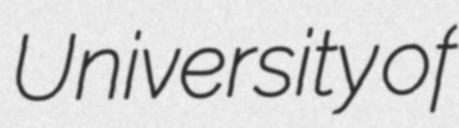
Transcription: University of